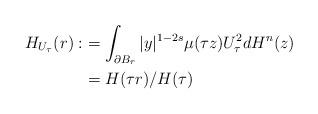
LaTeX: \begin{align*}H_{U_\tau}(r):&=\int_{\partial B_r}|y|^{1-2s}\mu(\tau z)U_\tau^2dH^n(z)\\&=H(\tau r)/H(\tau)\end{align*}